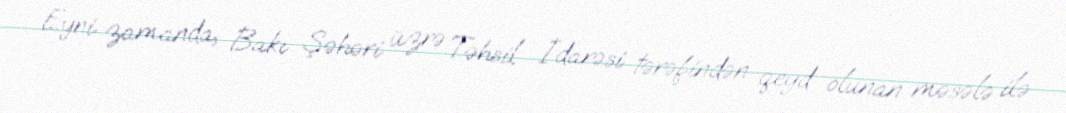
Eyni zamanda, Bakı Şəhəri üzrə Təhsil İdarəsi tərəfindən qeyd olunan məsələ ilə